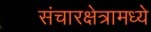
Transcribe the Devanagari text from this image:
संचारक्षेत्रामध्ये